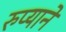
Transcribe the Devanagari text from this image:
रुप्याने